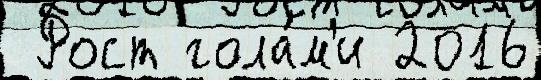
 Рост гола́м'и 2016